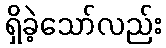
ရှိခဲ့သော်လည်း